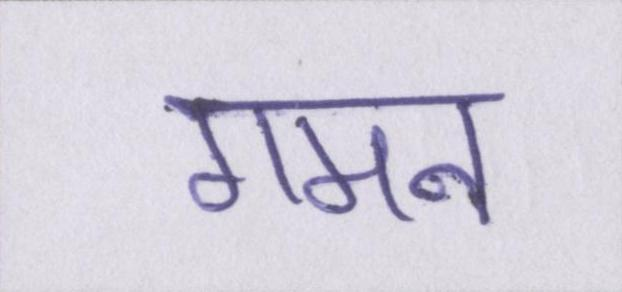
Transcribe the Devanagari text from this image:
गमन